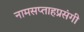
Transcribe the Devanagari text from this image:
नामसप्ताहप्रसंगी